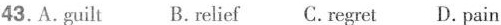
43.A guilt B.relief C.regret D.pain